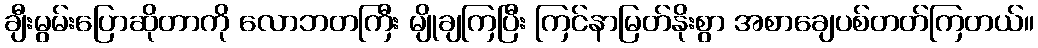
ချီးမွမ်းပြောဆိုတာကို လောဘတကြီး မျိုချကြပြီး ကြင်နာမြတ်နိုးစွာ အစာချေပစ်တတ်ကြတယ်။